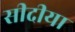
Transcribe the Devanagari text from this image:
सीदीया